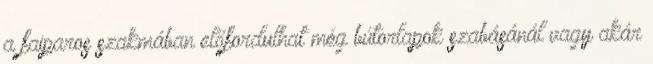
a faiparos szakmában előfordulhat még bútorlapok szabásánál vagy akár